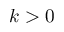
k > 0